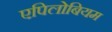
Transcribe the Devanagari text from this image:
एपिलोबियम